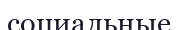
социальные